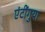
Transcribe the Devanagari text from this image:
एंटींगुया